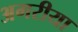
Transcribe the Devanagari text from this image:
अगरीया